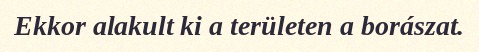
Ekkor alakult ki a területen a borászat.